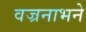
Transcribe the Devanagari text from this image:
वज्रनाभने